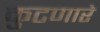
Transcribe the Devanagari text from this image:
कुटणारे